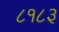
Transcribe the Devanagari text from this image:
८१८३